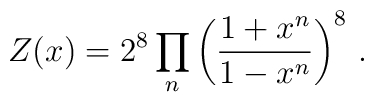
Z(x) = 2^{8}\prod_{n}\left(\frac{1+x^{n}}{1-x^{n}}\right)^{8} \, .